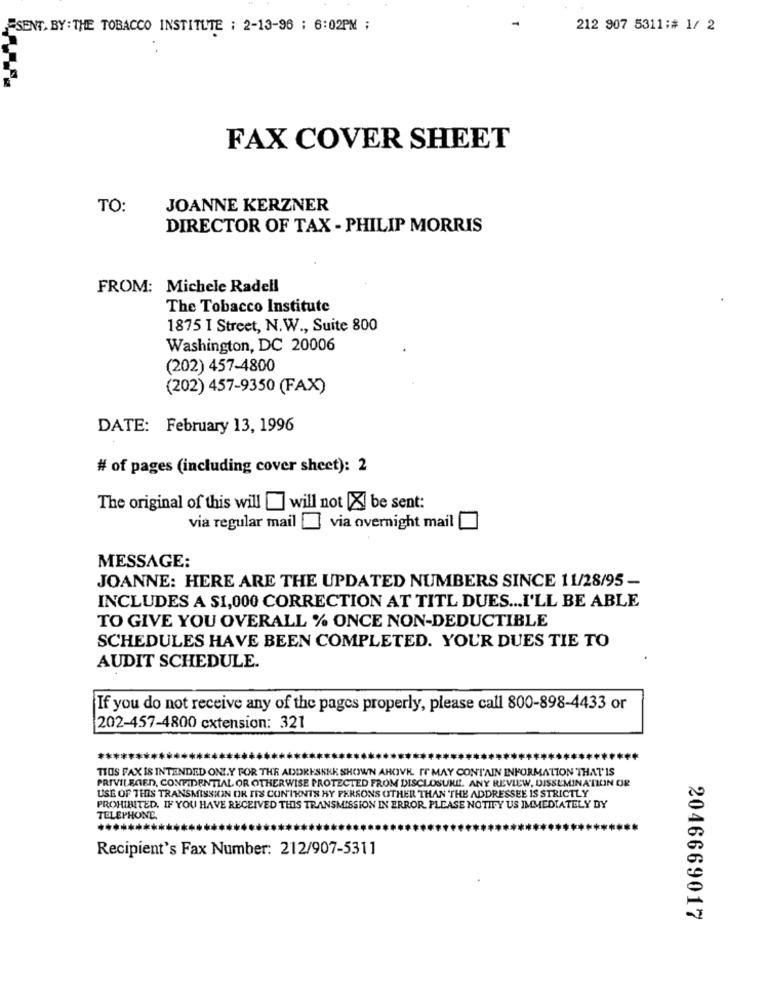
SENT. BY: THE TOBACCO INSTITUTE : 2-13-96 : 6:02PM ;
212 907 5311:# 1/ 2
FAX COVER SHEET
TO:
JOANNE KERZNER
DIRECTOR OF TAX - PHILIP MORRIS
FROM: Michele Radell
The Tobacco Institute
1875 I Street, N.W ., Suite 800
Washington, DC 20006
(202) 457-4800
(202) 457-9350 (FAX)
DATE: February 13, 1996
# of pages (including cover sheet): 2
The original of this will [] will not [X] be sent:
via regular mail ] via overnight mail
MESSAGE:
JOANNE: HERE ARE THE UPDATED NUMBERS SINCE 11/28/95 -
INCLUDES A S1,000 CORRECTION AT TITL DUES ... I'LL BE ABLE
TO GIVE YOU OVERALL % ONCE NON-DEDUCTIBLE
SCHEDULES HAVE BEEN COMPLETED. YOUR DUES TIE TO
AUDIT SCHEDULE.
If you do not receive any of the pages properly, please call 800-898-4433 or
202-457-4800 cxtension: 321
TIOS FAX IS INTENDED ONLY FOR THE ADDRESKEK SHOWN ABOVE. IT MAY CONTAIN INFORMATION THAT IS
PRIVILEGED, CONFIDENTIAL OR OTHERWISE PROTECTED FROM DISCLOSURE. ANY REVIEW, DISSEMINATION OR
USE OF THIS TRANSMISSION OR ITS CONTENTS HY PERSONS OTHER THAN THE ADDRESSEE IS STRICTLY
PROHIBITED. IF YOU HAVE RECEIVED THIS TRANSMISSION IN ERROR, PLEASE NOTIFY US IMMEDIATELY BY
TELEPHONE
Recipient's Fax Number: 212/907-5311
2046669017